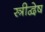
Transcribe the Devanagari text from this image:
स्त्रीद्वेष